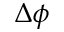
\Delta { \phi }